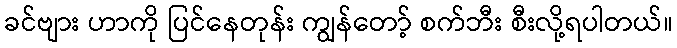
ခင်ဗျား ဟာကို ပြင်နေတုန်း ကျွန်တော့် စက်ဘီး စီးလို့ရပါတယ်။